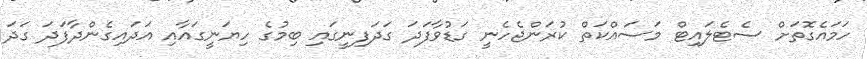
ހަމައެގޮތަށް ސެޓެލައިޓް މަސައްކަތް ކުރަންޖެހެނީ ގަޑުވާފަދަ ގަދަފިނީގައި ބިމުގެ ހިޔަނީގައާއި އަދައިގެންދާފަދަ ގަދަ